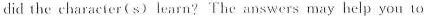
did the character(s) learn?'The answers may help you to